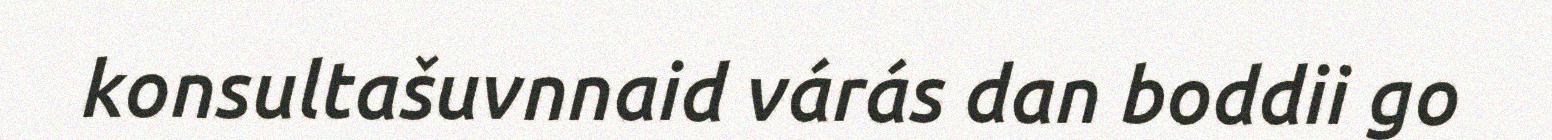
konsultašuvnnaid várás dan boddii go